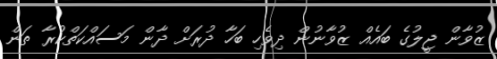
ޒުވާން ޖީލުގެ ބައެއް ޒުވާނުން ދިވެހި ބަހާ ދުރަށް ދާން މަސައްކަތްކުރާ ތަން